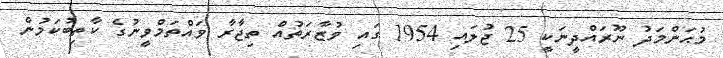
މުޙަންމަދު ނޫރައްދީނަކީ 25 ޖުލައި 1954 ގައި ވުޒާރަތުއް ތިޖާރާ ވައްތަމްވީނުގެ ކާތިބުކަމުން